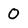
Character: 0